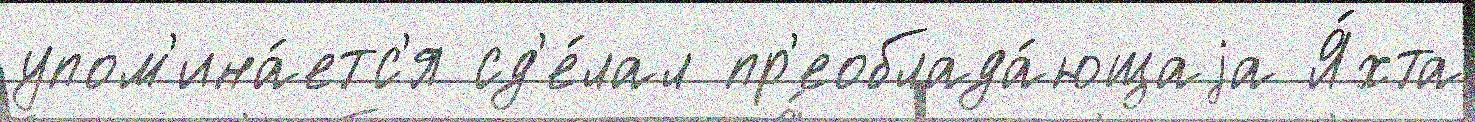
упом'ина́етс'я сд'е́лал пр'еоблада́ющаjа Я́хта